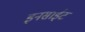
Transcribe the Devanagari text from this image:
इनसाईट